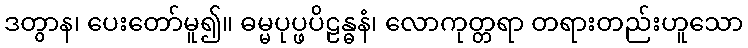
ဒတွာန၊ ပေးတော်မူ၍။ ဓမ္မပုပ္ဖပိဠန္ဓနံ၊ လောကုတ္တရာ တရားတည်းဟူသော